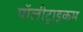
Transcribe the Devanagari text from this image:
पॉलीट्राइकम